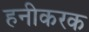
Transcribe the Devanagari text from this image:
हनीकरक